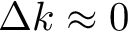
\Delta k \approx 0